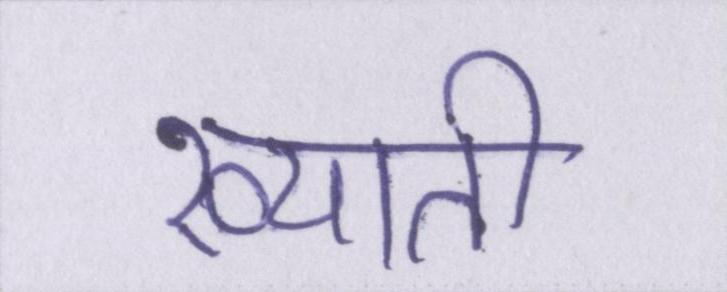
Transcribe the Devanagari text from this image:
ख्याती